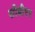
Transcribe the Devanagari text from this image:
सीबीएए